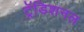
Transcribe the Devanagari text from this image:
ट्रॅडिशनल